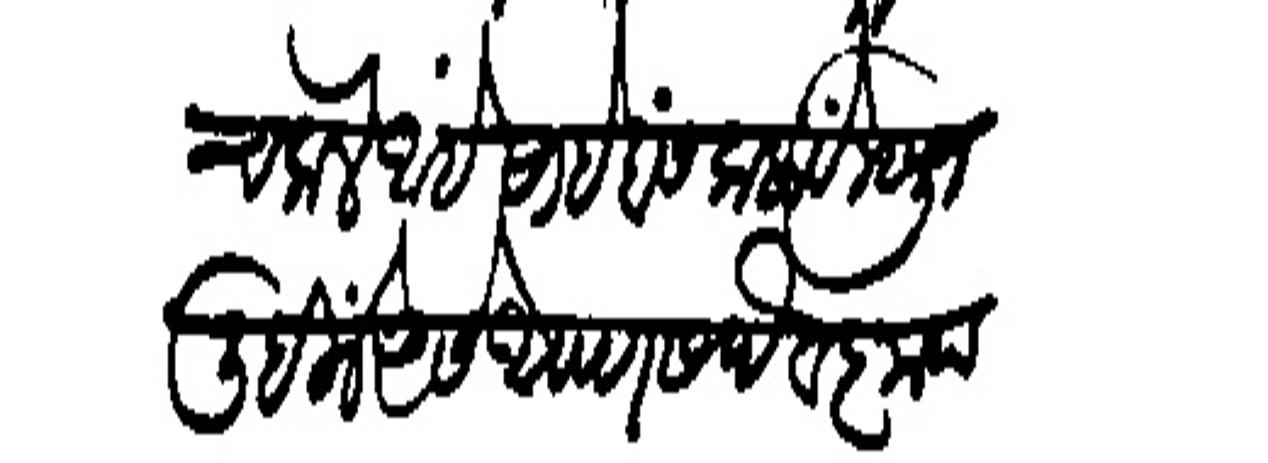
Transliteration (Devanagari): कूच केले आहे साहेबांस कलावें म्हणून लिहिलें असे आपण सदैव कृपा